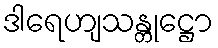
ဒါရေဟျသန္တုဋ္ဌော